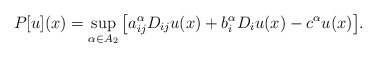
\begin{align*} P[u](x)=\sup_{\alpha\in A_{2}}\big[a_{ij}^{\alpha} D_{ij}u(x)+b^{\alpha}_{i} D_{i}u(x)-c^{\alpha} u(x) \big].\end{align*}